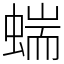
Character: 𧍒